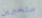
ستخبرين